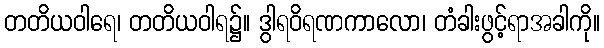
တတိယဝါရေ၊ တတိယဝါရ၌။ ဒွါရဝိရဏကာလော၊ တံခါးဖွင့်ရာအခါကို။